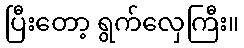
ပြီးတော့ ရွက်လှေကြီး။